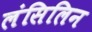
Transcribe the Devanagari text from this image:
लंसिलिन